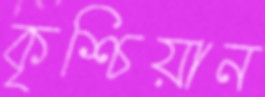
কৃশ্চিয়ান